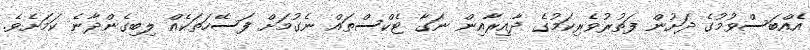
އެއްބަސްވުމުގެ ދަށުން ފަތުރުވެރިކަމުގެ ދާއިރާއިން ނަގާ ޓެކްސްތައް ނެގުމަށް ފަސޭހަތަކެއް ލިބިގެންދާނެ ކަމަށެވެ.